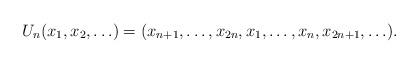
LaTeX: \begin{align*}U_n (x_1,x_2,\ldots) = (x_{n+1},\ldots,x_{2n}, x_1,\ldots,x_n, x_{2n+1},\ldots). \end{align*}